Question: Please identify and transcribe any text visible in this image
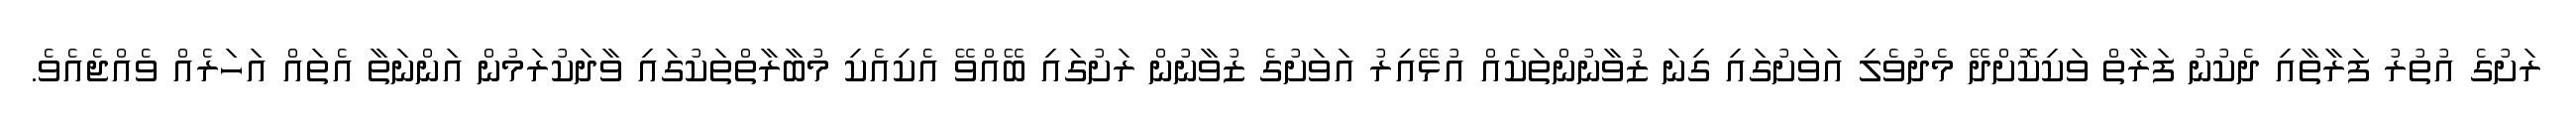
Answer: ރަށުގެ އުތުރު ފަރާތާއި ދެކުނު ފަރާތް ވަކިކޮށްދޭ މެދުވެލި އަވަށުގައި ގިނަ ޒުވާނުންތަކެއް އުޅޭއިރު އަވަށުގެ ޒުވާނުން ރަށުގައި ބޭއްވޭ އެކިއެކި މުބާރާތްތަކުގައި ވާދަކުރަމުން އަންނަތާ އެތައް އަހަރެއް ވެއްޖެއެވެ.